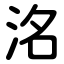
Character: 洺